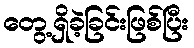
တွေ့ရှိခဲ့ခြင်းဖြစ်ပြီး